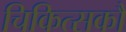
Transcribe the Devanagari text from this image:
चिकित्सकौं